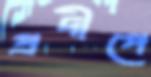
প্রদীপে